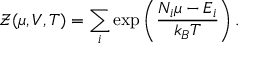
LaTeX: { \mathcal { Z } } ( \mu , V , T ) = \sum _ { i } \exp \left( { \frac { N _ { i } \mu - E _ { i } } { k _ { B } T } } \right) .